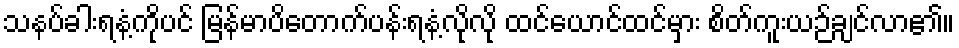
သနပ်ခါးရနံ့ကိုပင် မြန်မာပိတောက်ပန်းရနံ့လိုလို ထင်ယောင်ထင်မှား စိတ်ကူးယဉ်ချင်လာ၏။